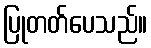
ပြုတတ်ပေသည်။